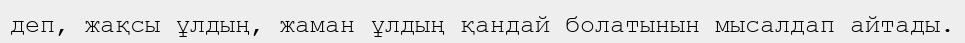
деп, жақсы ұлдың, жаман ұлдың қандай болатынын мысалдап айтады.